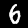
Label: 6